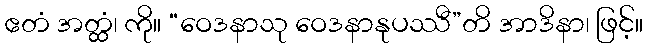
ဧတံ အတ္ထံ၊ ကို။ “ဝေဒနာသု ဝေဒနာနုပဿီ”တိ အာဒိနာ၊ ဖြင့်။